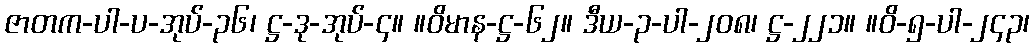
ဇာတက-ပါ-ပ-အုပ်-၃၆၊ ဋ္ဌ-ဒု-အုပ်-၄။ ။ဝိမာန-ဋ္ဌ-၆၂။ ဒီယ-၃-ပါ-၂၀၈၊ ဋ္ဌ-၂၂၁။ ။ဝိ-၅-ပါ-၂၄၃၊